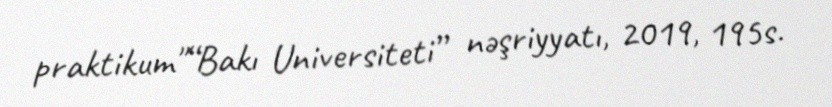
praktikum"“Bakı Universiteti” nəşriyyatı, 2019, 195s.